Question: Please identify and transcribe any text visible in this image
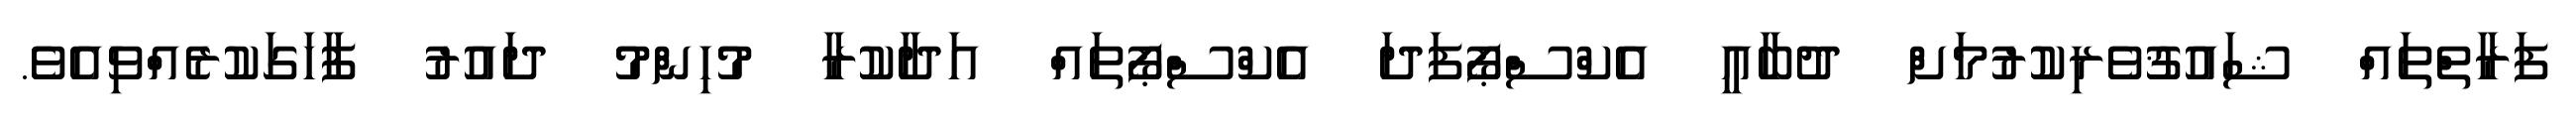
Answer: ފަރާތްތައް ޝައުޤުވެރިކުރުމަށް ދުބާއީ އެކްސްޕޯފަދަ އެކްސްޕޯތައް އަދާކުރާ މުހިންމު ދައުރު ފާހަގަކުރެއްވިއެވެ.